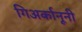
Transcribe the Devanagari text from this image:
गिअर्कानूनी